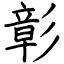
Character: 彰